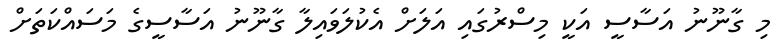
މި ގާނޫނު އަސާސީ އަކީ މިސްރުގައި އަލަށް އެކުލަވައިލާ ގާނޫނު އަސާސީގެ މަސައްކަތަށް